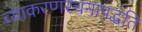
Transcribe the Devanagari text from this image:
व्याकरणरचनापद्धति